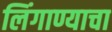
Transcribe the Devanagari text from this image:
लिंगाण्याचा